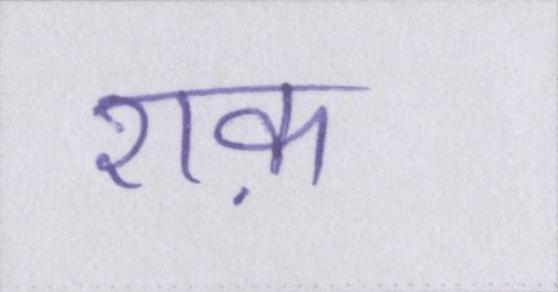
शक़